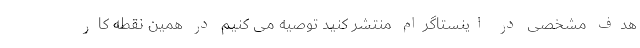
هدف مشخصی در اینستاگرام منتشر کنید توصیه می کنیم در همین نقطه کار